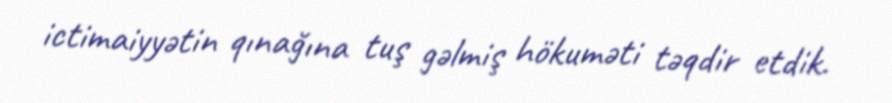
ictimaiyyətin qınağına tuş gəlmiş hökuməti təqdir etdik.